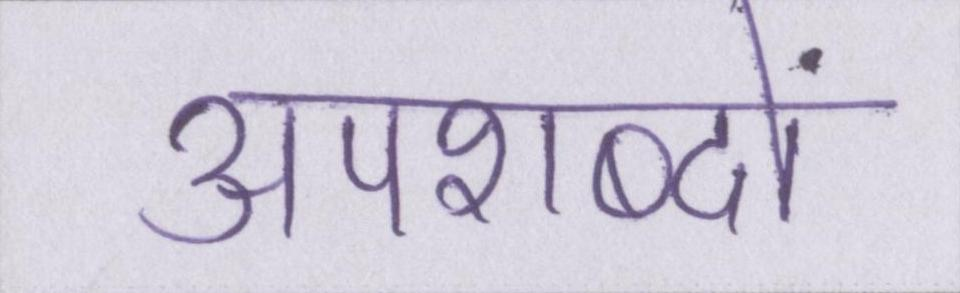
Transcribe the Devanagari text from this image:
अपशब्दों